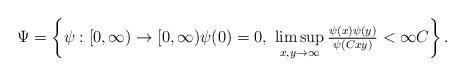
\begin{align*} \Psi &= \left\{ \psi: [0, \infty) \to [0, \infty) \psi(0) = 0,\ \limsup_{x,y \to \infty} \tfrac{\psi(x) \psi(y)}{\psi(C x y)} < \infty C \right\}.\end{align*}